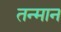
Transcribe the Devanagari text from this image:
तन्मान